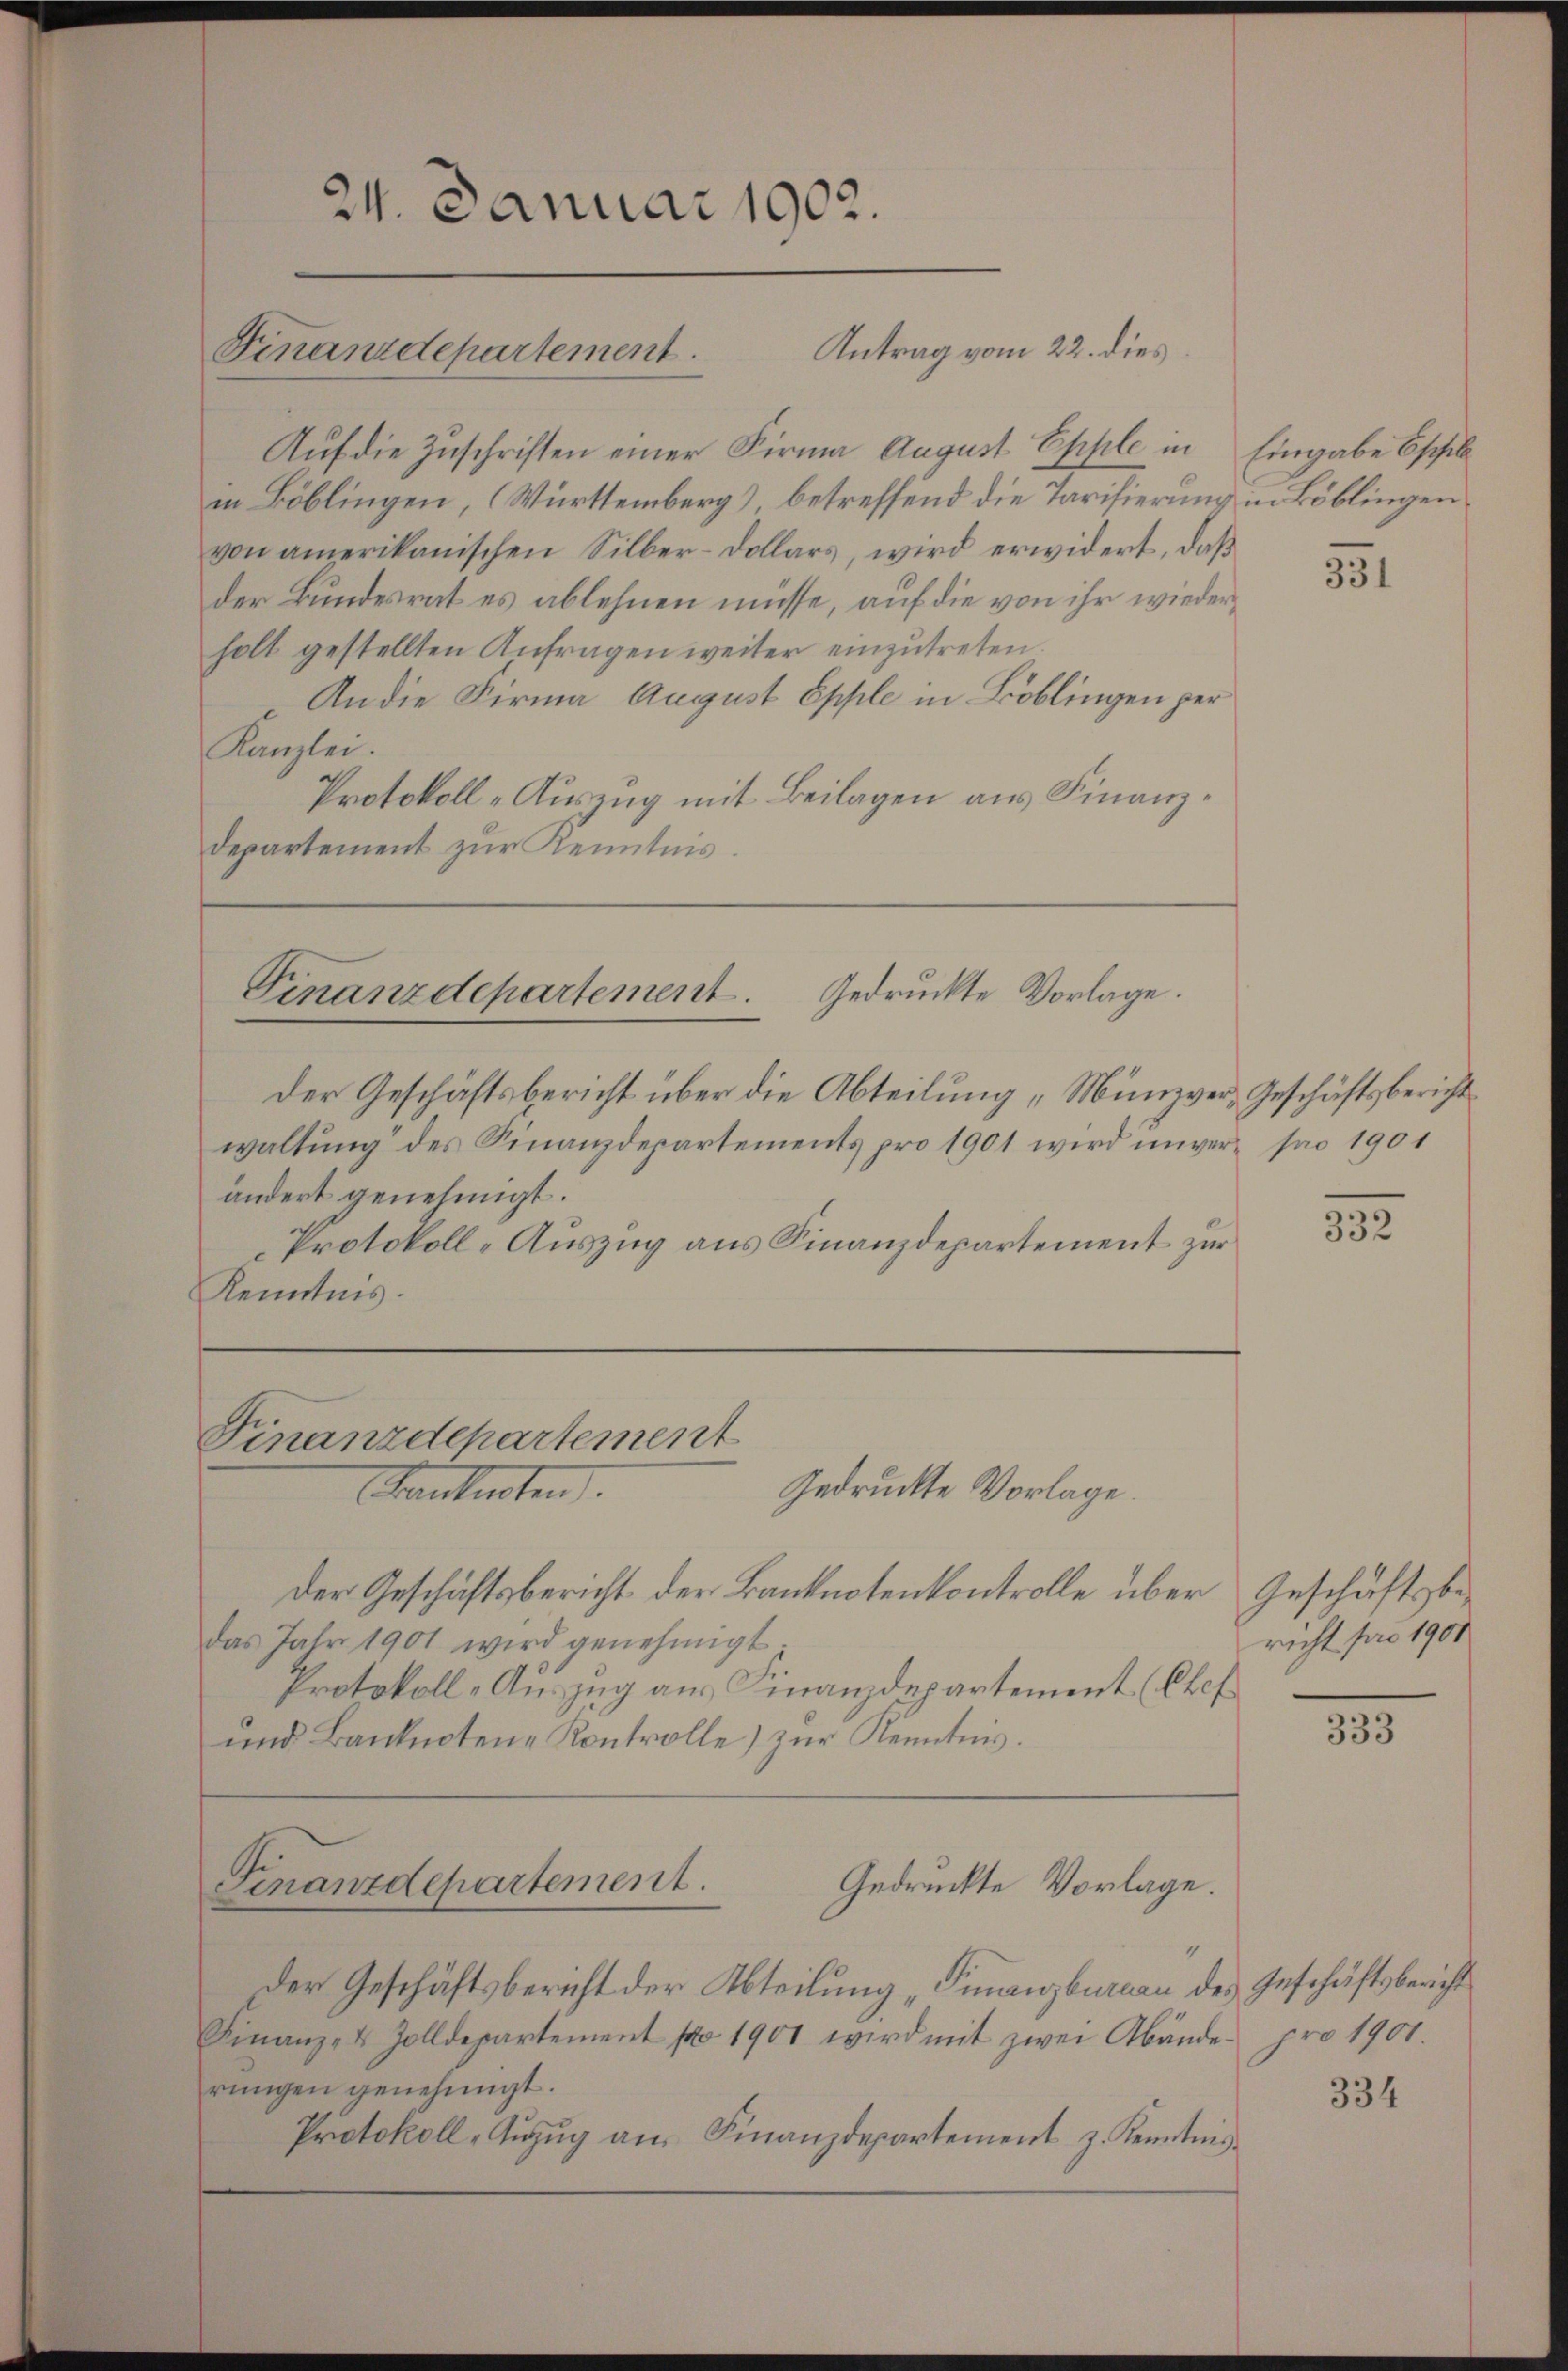
24. Januar 1902.

Antrag vom 22. dies
Finanzdepartement.

Auf die Zuschriften einer Firma August Epple in Eingabe Beschil
in Böblingen, (Württemberg) betreffend die Tarifierung in Böblingen
von amerikanischen Silber-Dollars, wird erwidert, daß
der Bundesrat es ablehnen müsse, auf die von ihr wiederholt gestellten Anfragen weiter einzutreten.
An die Firma August Epple in Böblingen per
Kanzlei.
Protokoll-Auszug mit Beilagen aus Finanzdepartement zur Kenntnis.

Finanzdepartement. Gedruckte Vorlage.

Finanzdepartement
Gedruckte Vorlage.
Kanknoten.

Der Geschäftsbericht über die Abteilung „Münzver- Geschäftsbericht
waltŭng des Finanzdepartements pro 1901 wird unver- pro 1901
ändert genehmigt.
Protokoll-Auszug aus Finanzdepartement zur
Kenntnis.

Der Geschäftsbericht der Banknotenkontrolle über
das Jahr 1901 wird genehmigt.
Protokoll-Auszug aus Finanzdepartement (Chef
ŭnd Banknotene Kontrolle) zŭr Kenntnis.

Ginanzdepartement.
Gedruckte Vorlage.

Der Geschäftsbericht der Abteilung „Finanzbureau des Geschäftsbericht
Finanz- & Zolldepartement pro 1901 wird mit zwei Abände pro 1901.
rŭngen genehmigt.
Protokoll, Aŭzŭg an Finanzdepartement z. Kenntnis

331

332

Geschäftsbe-
richt soo 1901

33

334